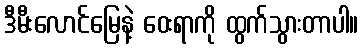
ဒီမီးလောင်မြေနဲ့ ဝေးရာကို ထွက်သွားတာပါ။